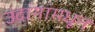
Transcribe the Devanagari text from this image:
उंदांगांमधून